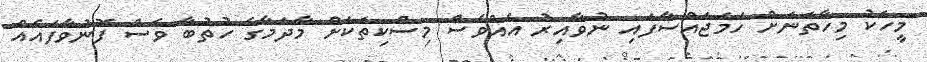
މީހަކު މިހާތަނަށް ހަމަޖައްސާފައި ނުވާއިރު އެއްވެސް މިސްކިތަކަށް މާދަމާގެ ހުތުބާ ވެސް ފޮނުވާފައެއް